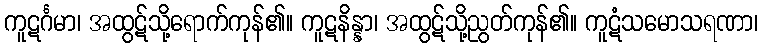
ကူဋင်္ဂမာ၊ အထွဋ်သို့ရောက်ကုန်၏။ ကူဋနိန္နာ၊ အထွဋ်သို့ညွတ်ကုန်၏။ ကူဋံသမောသရဏာ၊